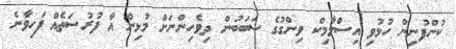
ކުންފުނިން ހުޅުވި އިސްލާމިކް ވިންގުގެ ސަބަބުން ދިވެހިންނަށް މުޅިން އާ ފުރުސަތެއް ފަހިވާނެ